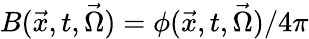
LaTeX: B(\vec{x},t,\vec{\Omega})=\phi(\vec{x},t,\vec{\Omega})/4\pi